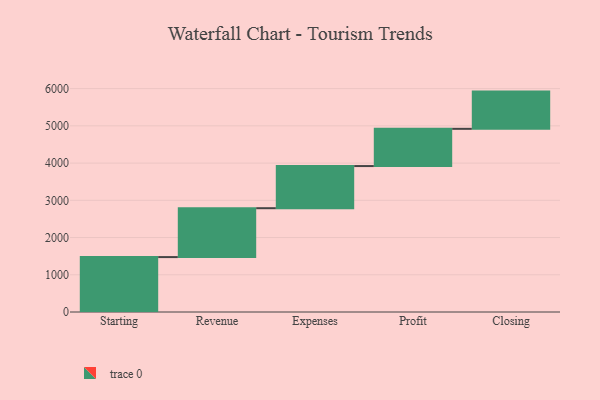
{"axis": {"x": "Step", "y": "Value"}, "legend": [""], "data": [{"x": "Starting", "y": 1475.0, "type": ""}, {"x": "Revenue", "y": 1313.0, "type": ""}, {"x": "Expenses", "y": 1132.0, "type": ""}, {"x": "Profit", "y": 1000, "type": ""}, {"x": "Closing", "y": 1000, "type": ""}]}